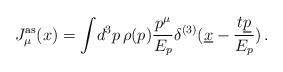
LaTeX: \begin{align*}J^{\mathrm{as}}_\mu(x)=\int\!d^3p\,\rho(p)\frac{p^\mu}{E_p}\delta^{(3)}(\underline{x}-\frac{t\underline{p}}{E_p})\,.\end{align*}